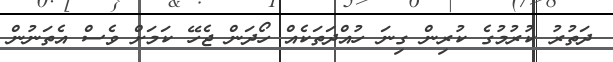
ދަތުރު ކުރުމުގެ ކުރިން ގިނަ ހުއްދަތަކެއް ހޯދަން ޖެހޭ ކަމަށް ވެސް އެތަނުން